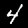
Label: 4